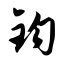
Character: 钧